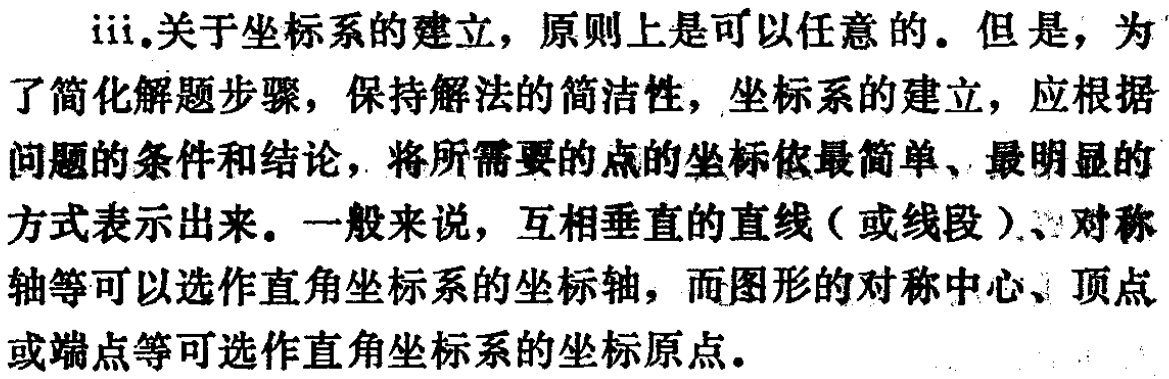
iii.关于坐标系的建立，原则上是可以任意的。但是，为了简化解题步骤，保持解法的简洁性，坐标系的建立，应根据问题的条件和结论，将所需要的点的坐标依最简单、最明显的方式表示出来。一般来说，互相垂直的直线（或线段）、对称轴等可以选作直角坐标系的坐标轴，而图形的对称中心、顶点或端点等可选作直角坐标系的坐标原点。